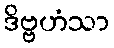
ဒိဗ္ဗဟံသာ